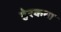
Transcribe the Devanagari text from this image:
हेरकथा